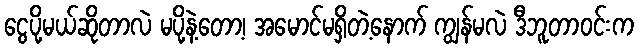
ငွေပို့မယ်ဆိုတာလဲ မပို့နဲ့တော့၊ အမောင်မရှိတဲ့နောက် ကျွန်မလဲ ဒီဘူတာဝင်းက